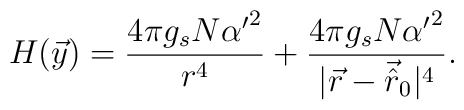
H(\vec{y}) = \frac {4 \pi g_s N {\alpha '}^2}{r^4} + \frac {4 \pi g_s N {\alpha '}^2}{|\vec{r} - \vec{\hat{r}}_0|^4}.